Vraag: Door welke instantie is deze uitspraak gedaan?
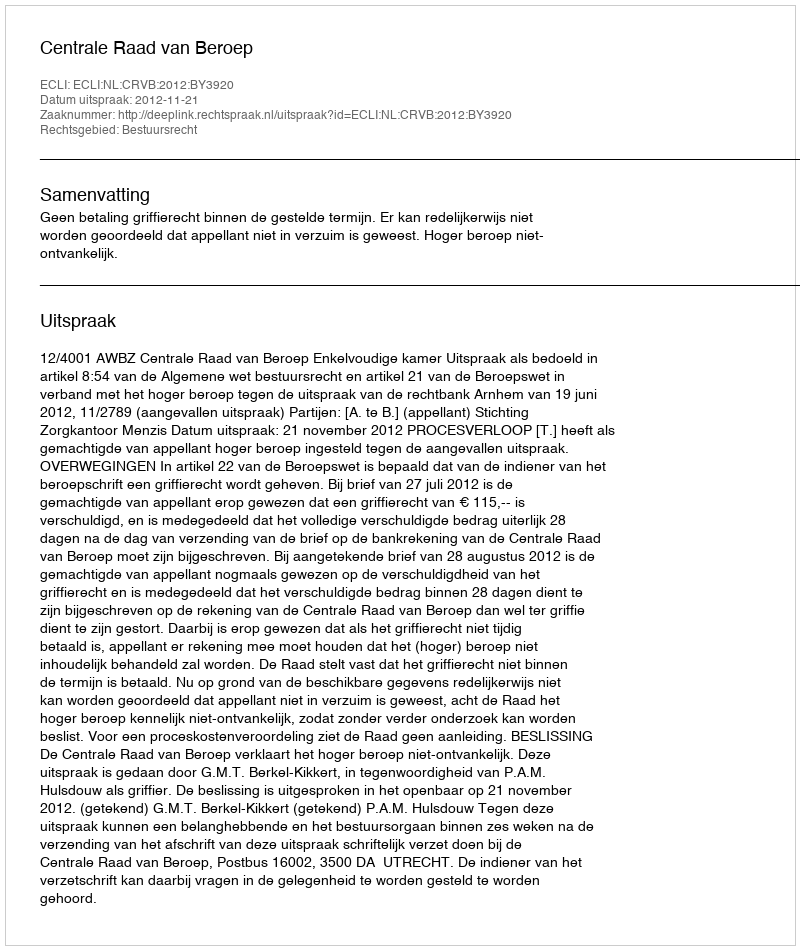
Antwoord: Centrale Raad van Beroep